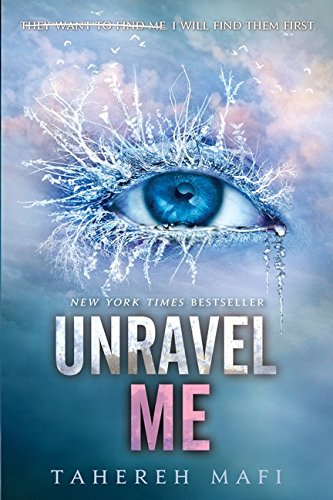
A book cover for Unravel Me (Shatter Me); Tahereh Mafi; Teen & Young Adult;